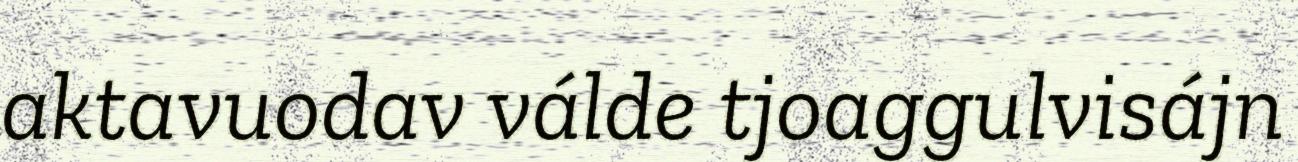
aktavuodav válde tjoaggulvisájn